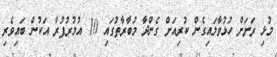
މުޅި ރަށަށް ހުޅުވާލައިގެން ކުރިއަށް ގެންދާ މުބާރާތުގައި 10 އުމުރުފުރާ އަކުން ބައިވެރި